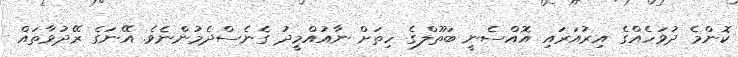
ކޮންމެ ދުވަހެއްގެ އިރުއަރައި އޮއްސެނީ ބަތޫލްގެ ހިތަށް ނާއުއްމީދު ގެނެސްދެމުންނެވެ. އޭނަގެ ރޭދުވާތައް